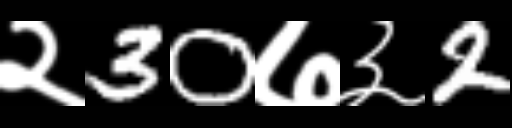
Text: २30७३2